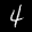
Label: 4